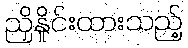
ညှိနှိုင်းထားသည့်